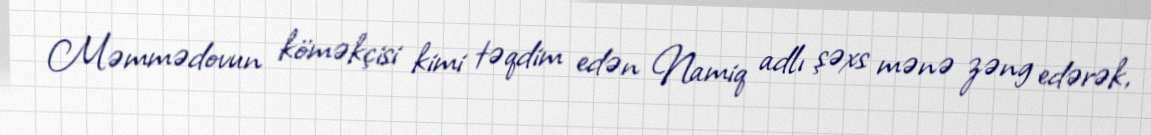
Məmmədovun köməkçisi kimi təqdim edən Namiq adlı şəxs mənə zəng edərək,